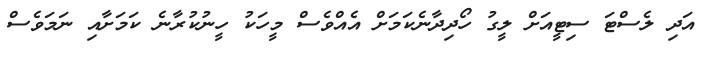
އަދި ލެސްޓަ ސިޓީއަށް ލީގު ހޯދިދާނެކަމަށް އެއްވެސް މީހަކު ހީނުކުރާނެ ކަމަށާއި ނަމަވެސް